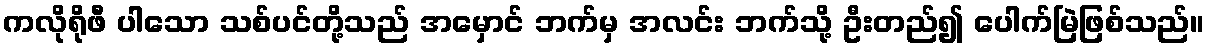
ကလိုရိုဖီ ပါသော သစ်ပင်တို့သည် အမှောင် ဘက်မှ အလင်း ဘက်သို့ ဦးတည်၍ ပေါက်မြဲဖြစ်သည်။